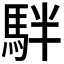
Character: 𩢔